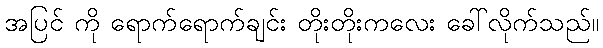
အပြင် ကို ရောက်ရောက်ချင်း တိုးတိုးကလေး ခေါ်လိုက်သည်။